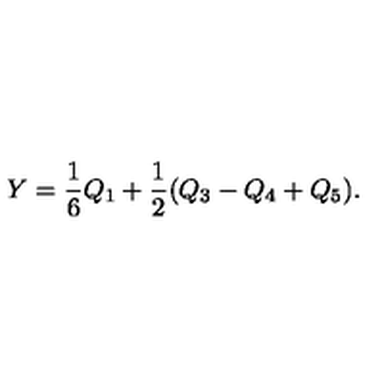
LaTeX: Y = \frac { 1 } { 6 } Q _ { 1 } + \frac { 1 } { 2 } ( Q _ { 3 } - Q _ { 4 } + Q _ { 5 } ) .